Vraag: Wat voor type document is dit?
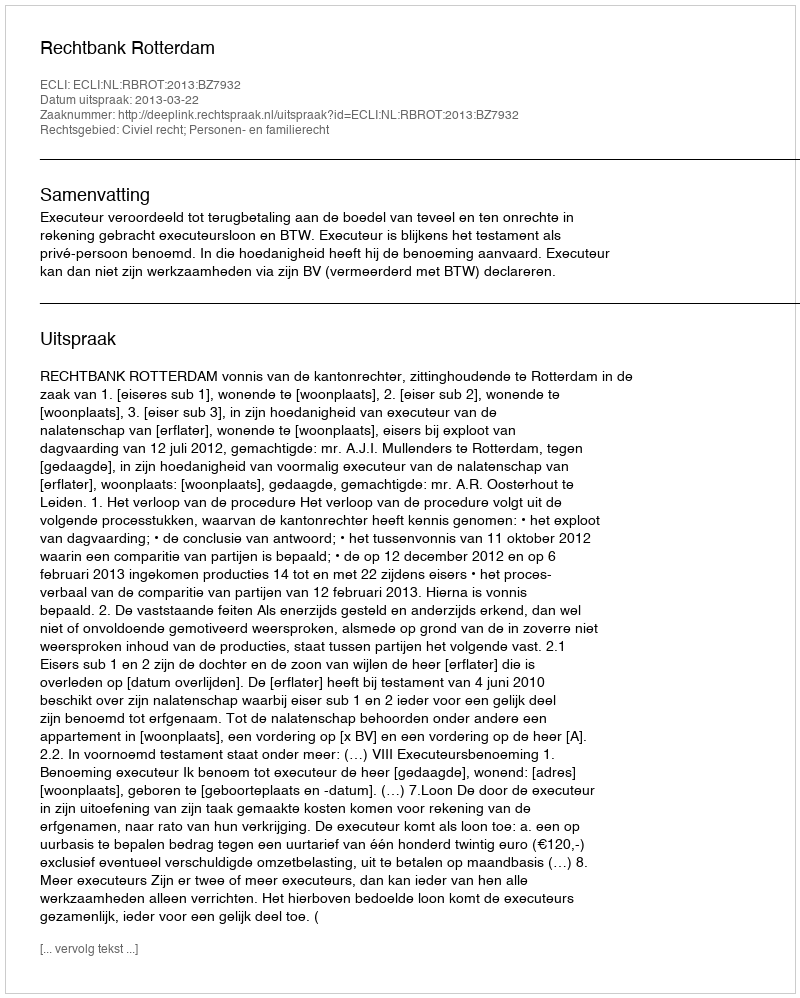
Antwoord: Uitspraak